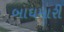
બાઘમારી